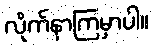
လိုက်နာကြမှာပါ။